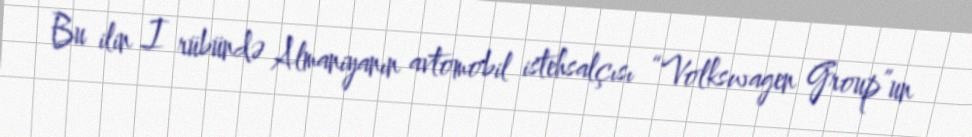
Bu ilin I rübündə Almaniyanın avtomobil istehsalçısı “Volkswagen Group”un